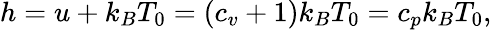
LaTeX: h=u+k_{B}T_{0}=(c_{v}+1)k_{B}T_{0}=c_{p}k_{B}T_{0},